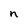
Character: n